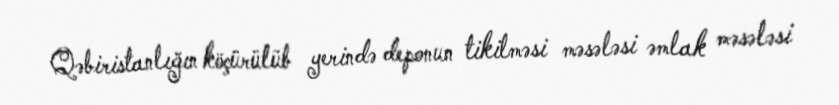
Qəbiristanlığın köçürülüb yerində deponun tikilməsi məsələsi əmlak məsələsi